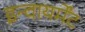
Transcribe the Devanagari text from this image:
इन्वायर्मेंट